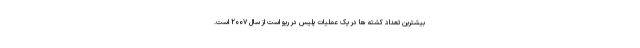
بیشترین تعداد کشته ها در یک عملیات پلیس در ریو است از سال ۲۰۰۷ است.